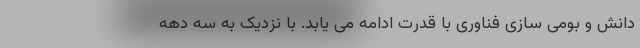
دانش و بومی سازی فناوری با قدرت ادامه می یابد. با نزدیک به سه دهه